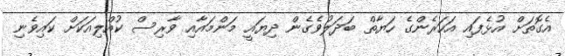
އެގޮތަށް އުޅެފައި އަހަރެންގެ ހަޔާތް ބަދަލުވެގެން ދިޔައީ މަންމައާއި ވާރިސް ކުއްލިއަކަށް ކައިވެނި